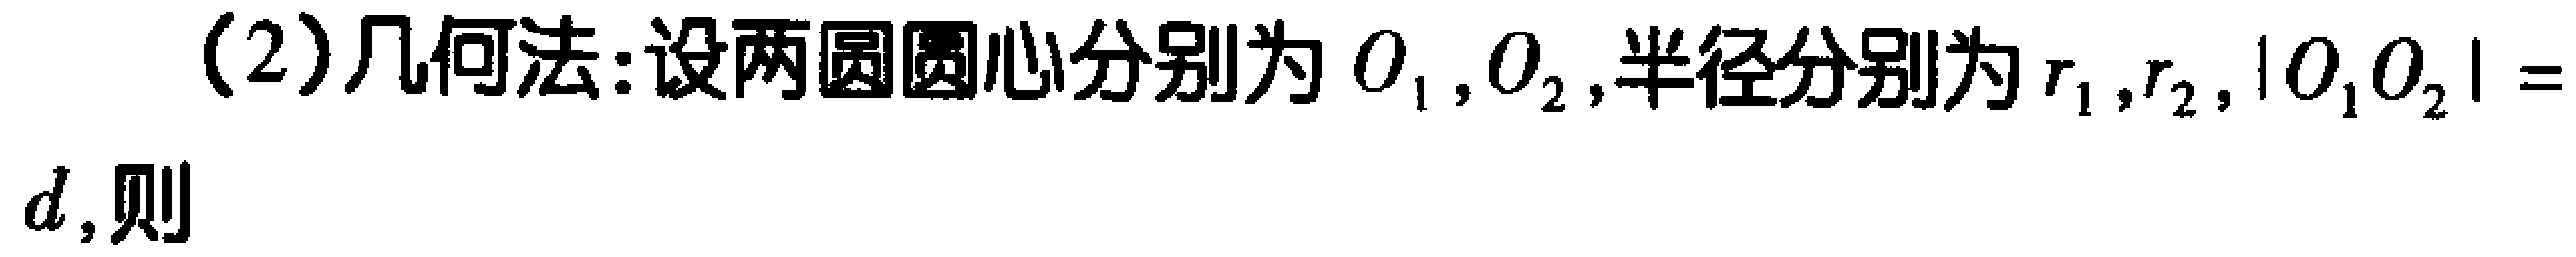
(2)几何法:设两圆圆心分别为\(O_1,O_2\),半径分别为\(r_1,r_2,|O_1O_2| = d\),则